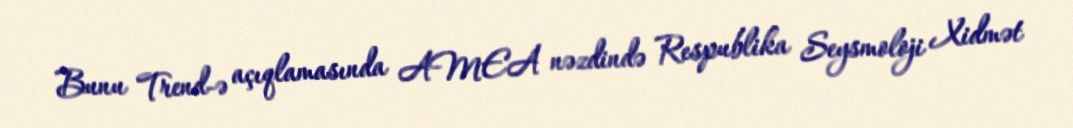
Bunu Trend-ə açıqlamasında AMEA nəzdində Respublika Seysmoloji Xidmət